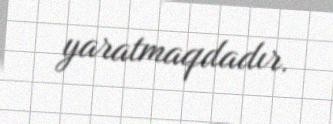
yaratmaqdadır.